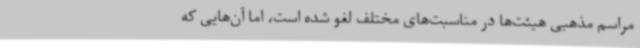
مراسم مذهبی هیئت‌ها در مناسبت‌های مختلف لغو شده است، اما آن‌هایی که